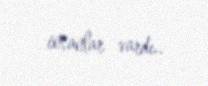
insanlar vardı..